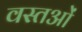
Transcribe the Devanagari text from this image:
वस्तओं